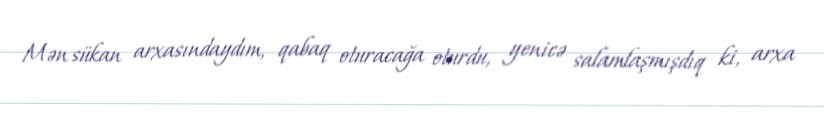
Mən sükan arxasındaydım, qabaq oturacağa oturdu, yenicə salamlaşmışdıq ki, arxa